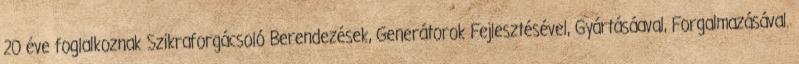
20 éve foglalkoznak Szikraforgácsoló Berendezések, Generátorok Fejlesztésével, Gyártásáaval, Forgalmazásával.